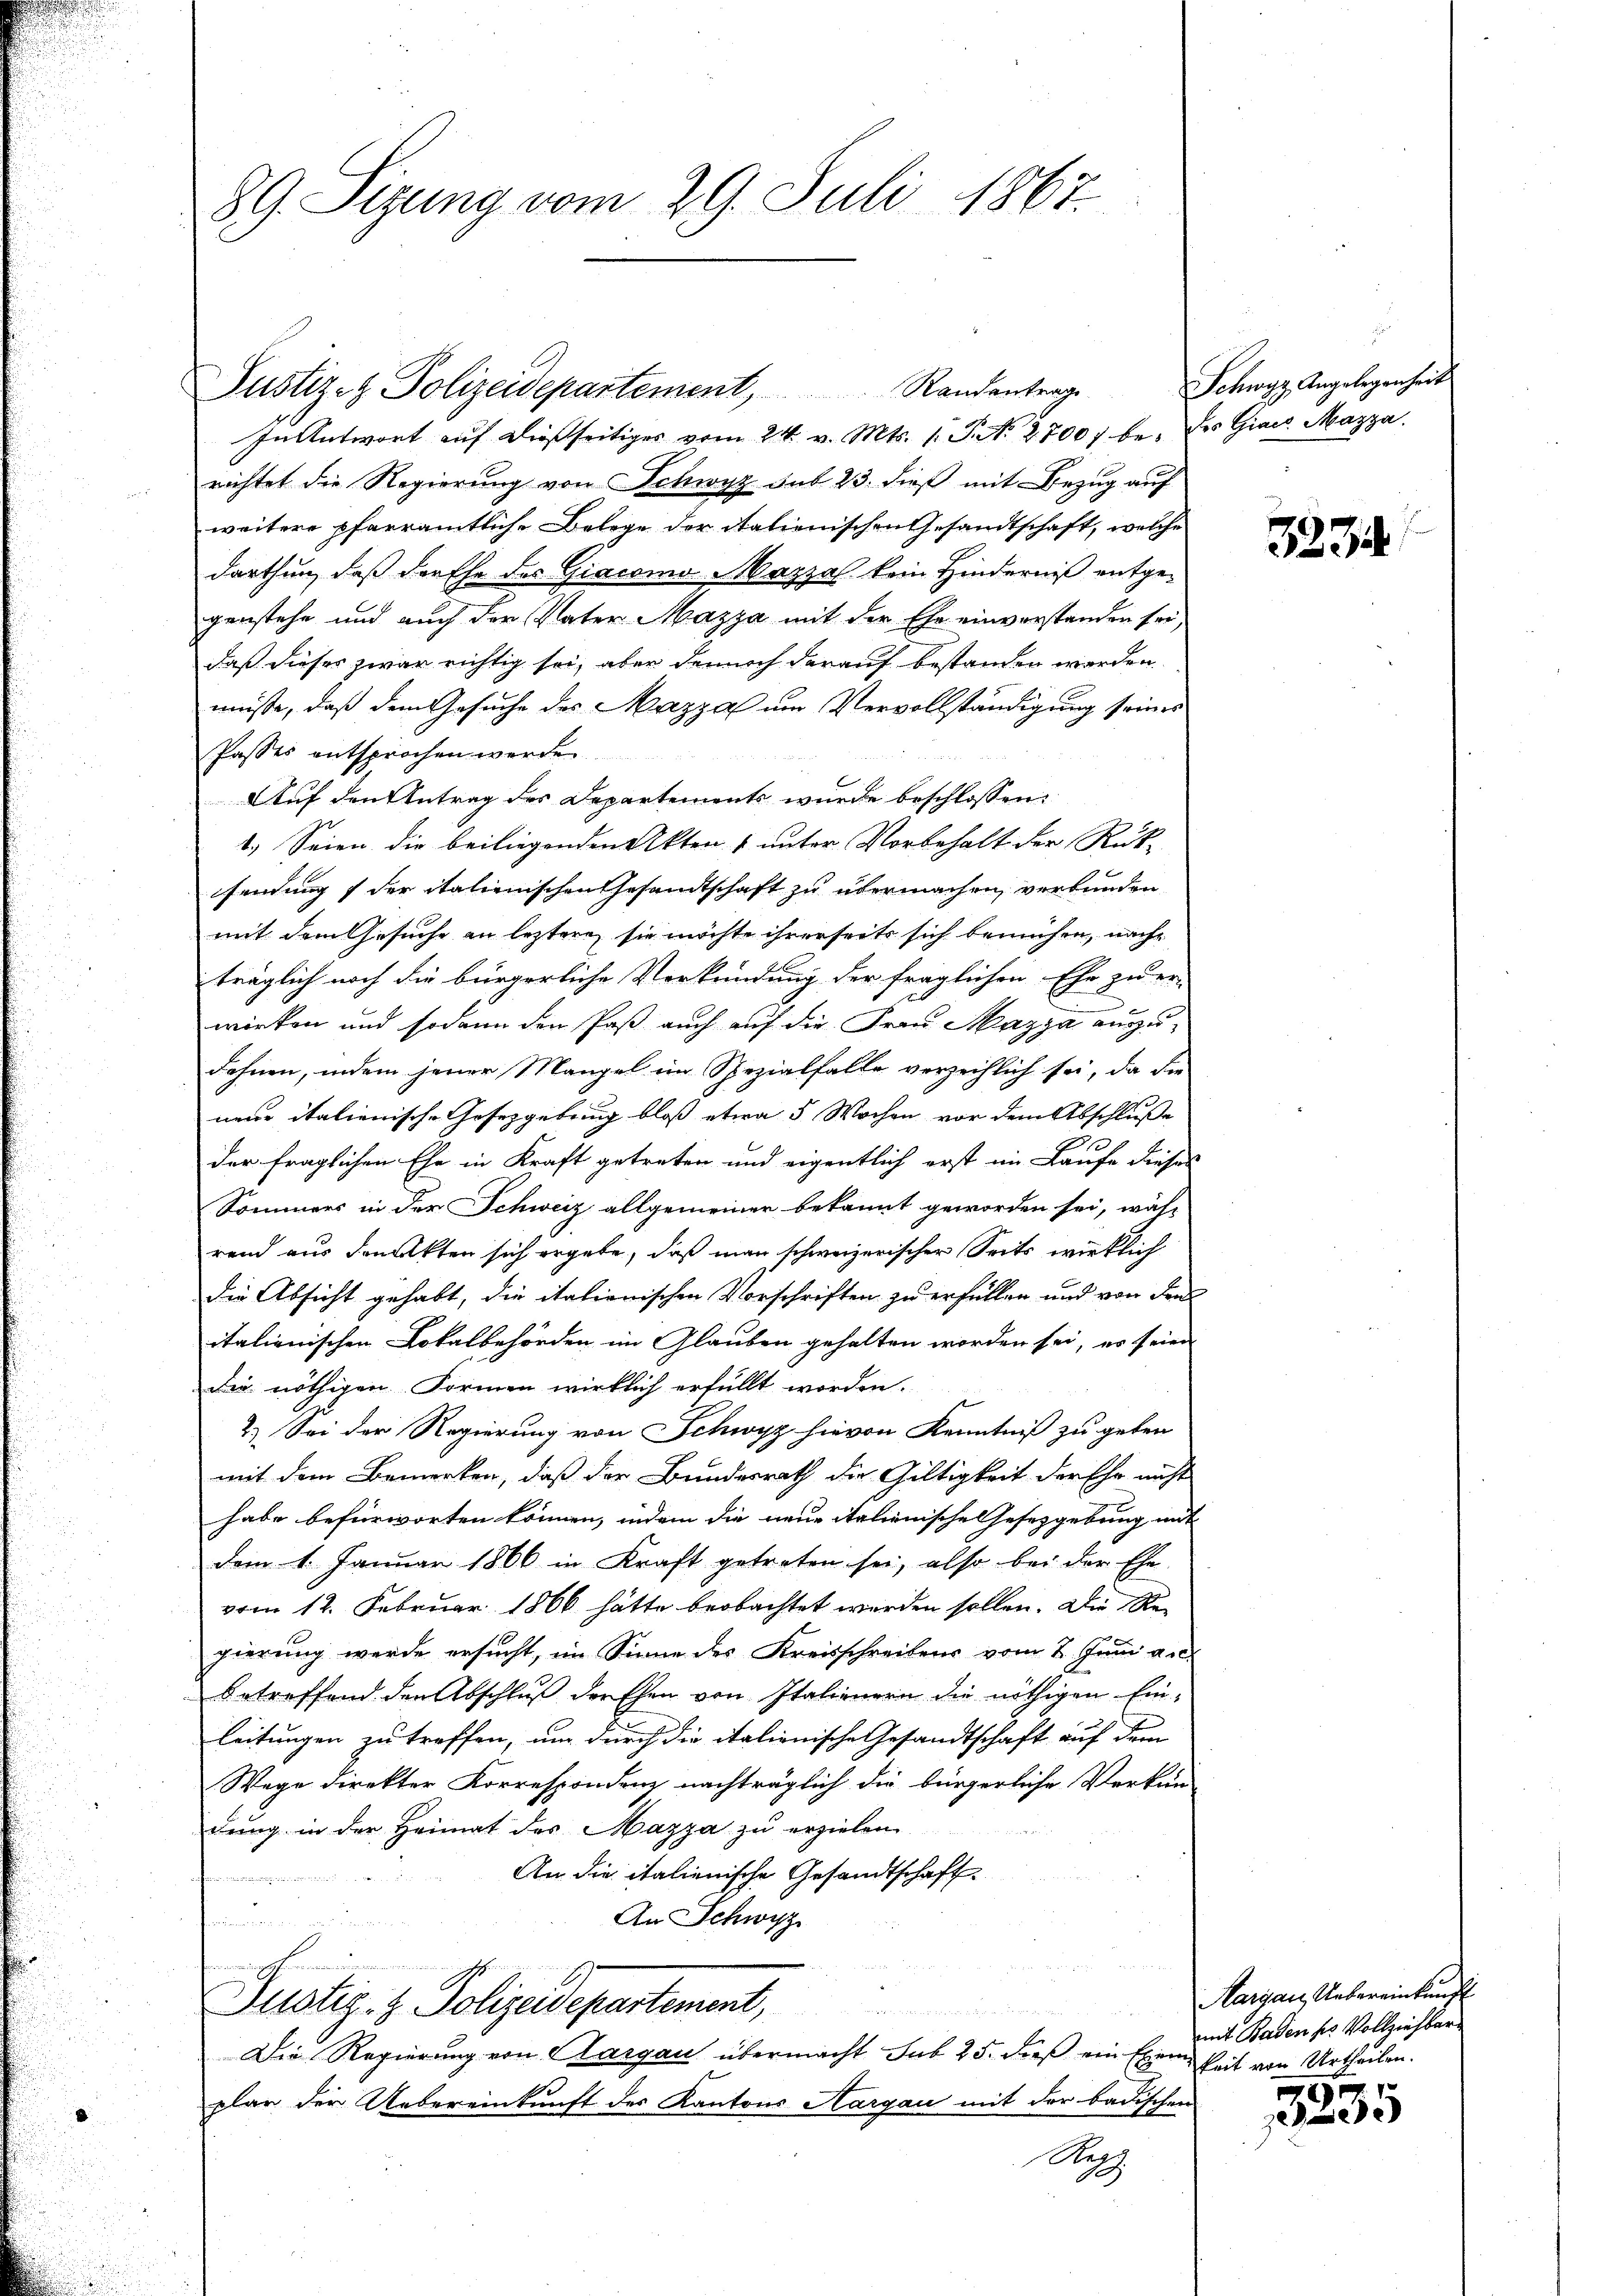
89. Sizung vom 29. Juli 1867.

Justiz- & Polizeidepartement, Randantrage
In Antwort auf dießseitiges vom 24. v. Mts. 1. P. N. 2700 be- des Giacs Mazza
richtet die Regierung von Schwyz sub 23. dieß mit Bezug auf
weitere pfarramtliche Belege der italienischen Gesandtschaft, welche
darthun, daß derffe des Giacomo MMazza kein Hinderniß entgegenstehe und auch der Vater Mazza mit der Ehe einverstanden sei,
daß dieses zwar richtig sei, aber dennoch darauf bestanden werden
müße, daß dem Gesuche des Mazza um Vervollständigung seines
Passes entsprochen werde.
Auf den Antrag des Departements wurde beschlossen:
1.) Seien die beiliegenden Akten & unter Vorbehalt der Rück-
sendung der italienischen Gesandtschaft zu übermachen, verbunden
mit dem Gesuche an leztere, sie möchte ihrerseits sich bemühen, nach
träglich noch die bürgerliche Verkündung der fraglichen Ehe zu er-
wirken und sodann den Paß auch auf die Frau Mazza auszudehnen, indem jener Mangel im Spezialfalle verzeihlich sei, da die
neue italienische Gesetzgebung bloß etwa 5 Wochen vor dem Abschluße
der fraglichen Ehe in Kraft getreten und eigentlich erst im Laufe dieses
Sommers in der Schweiz allgemeiner bekannt geworden sei, wäh-
rend aus denkten sich ergebe, daß man schweizerischer Seits wirklich
die Absicht gehabt, die italienischen Vorschriften zu erfüllen und von den
italienischen Lokalbehörden im Glauben gehalten worden sei, er seien
Die nöthigen Formen wirklich erfüllt worden.
2.) Sei der Regierung von Schwyz hievon Kenntniß zu geben
mit dem Bemerken, daß der Bundesrath die Gültigkeit der Ehr nicht
habe befürworten können, indem die neue italienische Gesetzgebung mit
dem 1. Januar 1866 in Kraft getreten sei, also bei der Ehe-
vom 12. Februar 1866 hatte beobachtet werden sollen. Die Regierung werde ersucht, im Sinne des Kreisschreibens vom 2. Juni a.c.
betreffend den Abschluß der Ehen von Italienern die nöthigen Ein-
leitungen zu treffen, um durch die italienische Gesandtschaft auf dem
Wege direkter Korrespondenz nachträglich die bürgerliche Verkun
dung in der Heimat des Mazza zu erzielen
An die italienische Gesandtschaft.

An Schwyz
finden

Justiz- & Polizeidepartement,
un
Die Regierung von Aargau übermacht sub 25. dieß ein Exem
plar der Uebereinkunft des Kantons Aargau mit der badischen
Nup

u
Schwyz Angelegenheit

3234.

Aargau, Uebereinkunft
mit Baden ser Vollziehbar
keit von Urtheilen.

.
2
e